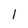
Character: 1